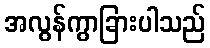
အလွန်ကွာခြားပါသည်